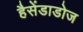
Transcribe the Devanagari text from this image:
हैसेंडाडोज